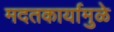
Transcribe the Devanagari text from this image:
मदतकार्यामुळे